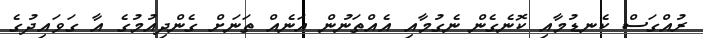
ރުއްގަސް ކެނޑުމާއި ކޮނެގެން ނެގުމާއި އެއްތަނުން އަނެއް ތަނަށް ގެންދިއުމުގެ އާ ގަވައިދުގެ